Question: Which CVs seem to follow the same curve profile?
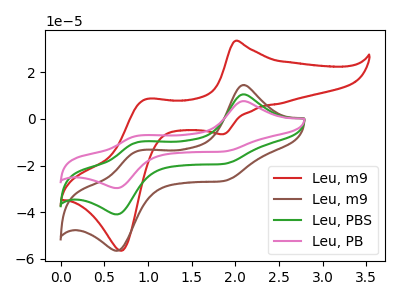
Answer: <think>The red curve "Leu, m9" has anodic peaks at (2.00V, 33.45uA) (0.95V, 8.35uA) and cathodic peaks at (1.85V, -6.55uA) (0.70V, -56.45uA). The brown curve "Leu, m9" has anodic peaks at (2.10V, 14.50uA) (0.90V, -13.80uA) and cathodic peaks at (1.85V, -26.70uA) (0.65V, -56.45uA). The green curve "Leu, PBS" has anodic peaks at (2.10V, 10.50uA) (0.90V, -10.00uA) and cathodic peaks at (1.85V, -19.35uA) (0.65V, -40.90uA). The pink curve "Leu, PB" has anodic peaks at (2.10V, 21.00uA) (0.90V, -19.95uA) and cathodic peaks at (1.85V, -38.70uA) (0.65V, -81.85uA).
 "Leu, m9" and "Leu, m9" have at least one peak that do not match. "Leu, m9" and "Leu, PBS" have at least one peak that do not match. "Leu, m9" and "Leu, PB" have at least one peak that do not match. All the peaks in "Leu, m9" have a peak in "Leu, PBS" at the same potential. All the peaks in "Leu, m9" have a peak in "Leu, PB" at the same potential. All the peaks in "Leu, PBS" have a peak in "Leu, PB" at the same potential.</think>
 <answer>"Leu, m9", "Leu, PBS" and "Leu, PB" have the same shape and are likely CV's of the same chemical.</answer>
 <eval>"Leu, m9" "Leu, PBS" "Leu, PB"</eval>